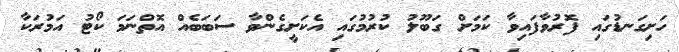
ހަށިގަނޑުގައި ފޮރުވާފައިވާ ކަމަށް ގަބޫލު ކުރުމުގައި އެކަށީގެންވާ ސަބަބެއް އޮތްނަމަ ކޯޓު އަމުރަކާ